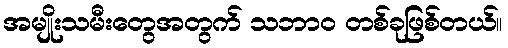
အမျိုးသမီးတွေအတွက် သဘာဝ တစ်ခုဖြစ်တယ်။